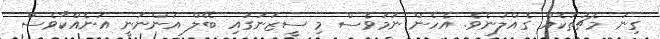
ގިނަ މެޗުތަކެއް ގެއްލުނެވެ. އެހެން ނަމަވެސް މި ސީޒަނުގައި ބޭލް އަންނަނީ އަނެއްކާވެސް